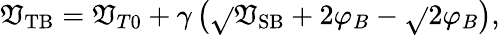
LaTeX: \mathfrak{V}_{\mathrm{{TB}}}=\mathfrak{V}_{T0}+\gamma\left({\sqrt{}{{\mathfrak{V}_{\mathrm{{SB}}}+2\varphi_{B}}}}-{\sqrt{}{{2\varphi_{B}}}}\right),